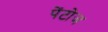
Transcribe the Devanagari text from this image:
पेंटोज